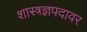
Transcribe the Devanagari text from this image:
शास्त्रज्ञपदावर